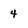
Character: 4